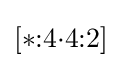
[*{:}4{\cdot }4{:}2]